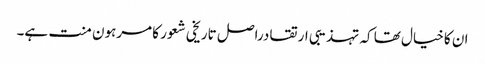
ان کا خیال تھا کہ تہذیبی ارتقا دراصل تاریخی شعور کا مرہون منت ہے۔